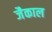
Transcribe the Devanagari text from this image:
जैकाल